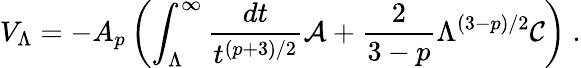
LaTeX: V_{\Lambda}=-A_{p}\left(\int_{\Lambda}^{\infty}{\frac{dt}{t^{(p+3)/2}}}{\cal A}+{\frac{2}{3-p}}\Lambda^{(3-p)/2}{\cal C}\right)\ .